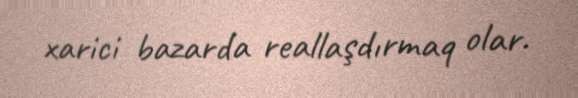
xarici bazarda reallaşdırmaq olar.